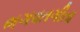
ભગવતગીતા